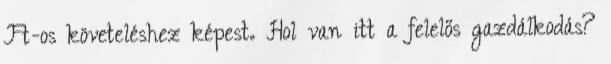
Ft-os követeléshez képest. Hol van itt a felelős gazdálkodás?